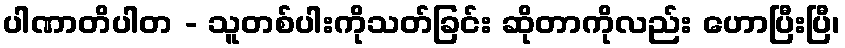
ပါဏာတိပါတ - သူတစ်ပါးကိုသတ်ခြင်း ဆိုတာကိုလည်း ဟောပြီးပြီ၊